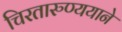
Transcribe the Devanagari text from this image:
चिरतारुण्ययाने